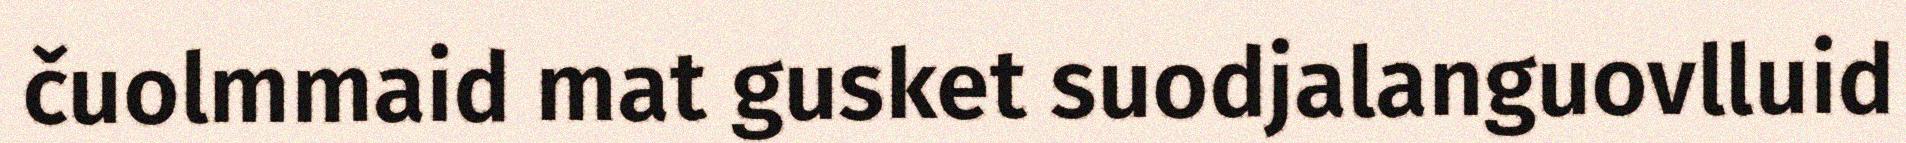
čuolmmaid mat gusket suodjalanguovlluid